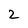
Character: 2